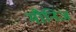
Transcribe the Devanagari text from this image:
मौनिज